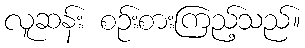
လူဆန်း စဉ်းစားကြည့်သည်။